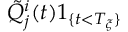
\tilde { Q } _ { j } ^ { i } ( t ) 1 _ { \{ t < T _ { \xi } \} }